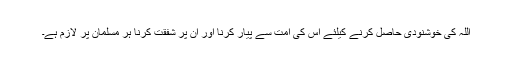
اللہ کی خوشنودی حاصل کرنے کیلئے اس کی امت سے پیار کرنا اور ان پر شفقت کرنا ہر مسلمان پر لازم ہے۔